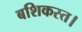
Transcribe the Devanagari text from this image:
बशिकस्त।